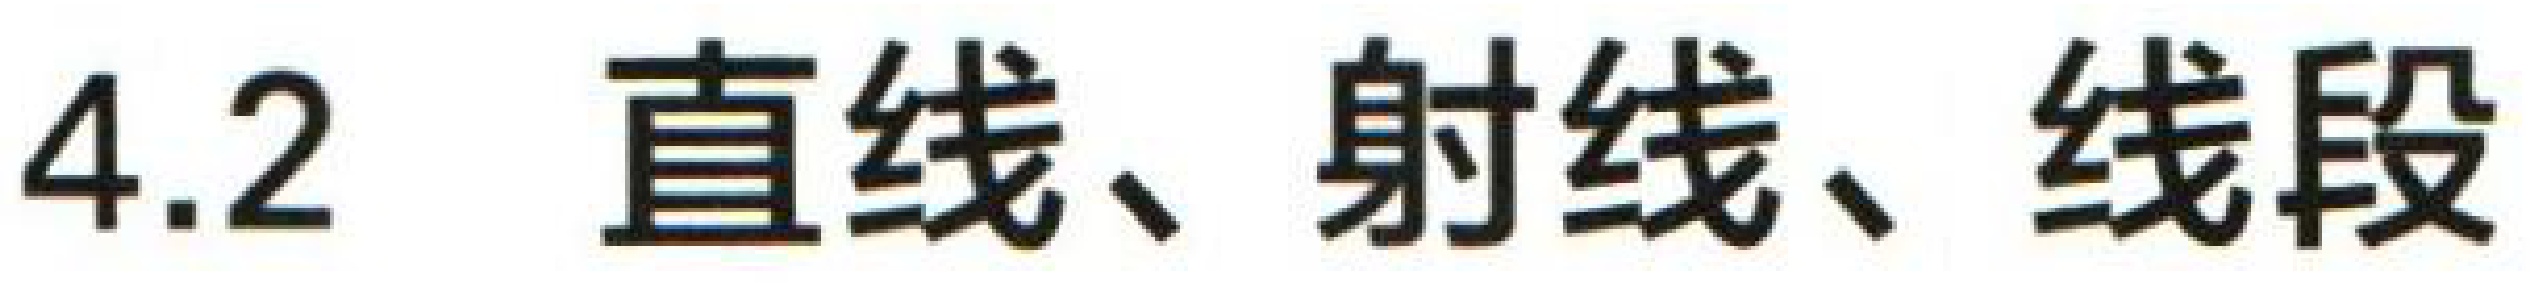
4.2 直线、射线、线段